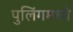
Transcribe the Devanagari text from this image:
पुलिंगमध्ये